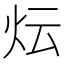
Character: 𭴈